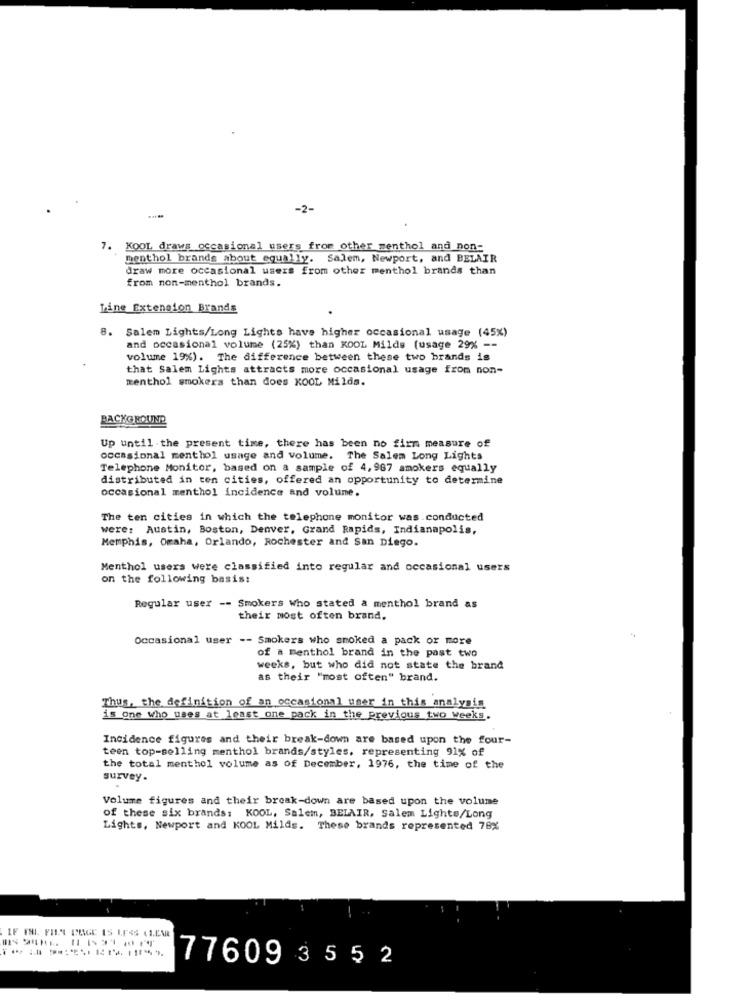
-2-
7. KOOL draws occasional users from other menthol and non-
menthol brands about equally. Salem, Newport, and BELAIR
draw more occasional users from other menthol brands than
from non-menthol brands.
Line Extension Brands
8.
Salem Lights/Long Lights have higher occasional usage (45%)
and occasional volume (25%) than KOOL Milds (usage 29% --
volume 19%). The difference between these two brands is
that Salem Lights attracts more occasional usage from non-
menthol smokers than does KOOL Milds.
BACKGROUND
Up until the present time, there has been no firm measure of
occasional menthol usage and volume. The Salem Long Lights
Telephone Monitor, based on a sample of 4,987 smokers equally
distributed in ten cities, offered an opportunity to determine
occasional menthol incidence and volume.
The ten cities in which the telephone monitor was conducted
were: Austin, Boston, Denver, Grand Rapids, Indianapolis,
Memphis, Omaha, Orlando, Rochester and San Diego.
Menthol users were classified into regular and occasional users
on the following basis:
Regular user -- Smokers Who stated a menthol brand as
their most often brand,
Occasional user -- Smokers who smoked a pack or more
of a menthol brand in the past two
weeks, but who did not state the brand
as their "most often" brand.
Thus, the definition of an occasional user in this analysis
is one who uses at least one pack in the previous two weeks.
Incidence figures and their break-down are based upon the four-
teen top-selling menthol brands/styles, representing 91% of
the total menthol volume as of December, 1976, the time of the
survey.
Volume figures and their break-down are based upon the volume
of these six brands: KOOL, Salem, BELAIR, Salem Lighte/Long
Lights, Newport and KOOL Milds. These brands represented 78%
77609 3552